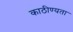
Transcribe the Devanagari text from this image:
काठीण्‍यता